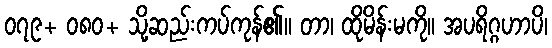
၀၇၉+ ၀၈၀+ သို့ဆည်းကပ်ကုန်၏။ တာ၊ ထိုမိန်းမကို။ အပရိဂ္ဂဟာပိ၊